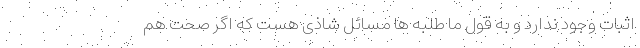
اثبات وجود ندارد و به قول ما طلبه ها مسائل شاذّی هست که اگر صحت هم